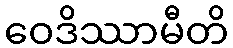
ဝေဒိဿာမီတိ